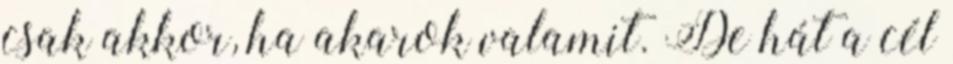
csak akkor, ha akarok valamit. De hát a cél